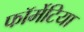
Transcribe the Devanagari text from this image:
फॉर्मेटिया